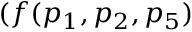
( f ( p _ { 1 } , p _ { 2 } , p _ { 5 } )